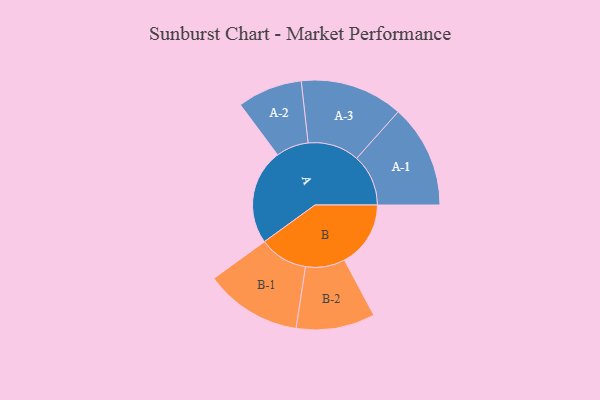
{"axis": {"x": "Segment", "y": "Value"}, "legend": ["", "A", "B"], "data": [{"x": "A", "y": 453, "type": ""}, {"x": "B", "y": 314, "type": ""}, {"x": "A-1", "y": 245, "type": "A"}, {"x": "A-2", "y": 154, "type": "A"}, {"x": "A-3", "y": 244, "type": "A"}, {"x": "B-1", "y": 230, "type": "B"}, {"x": "B-2", "y": 187, "type": "B"}]}